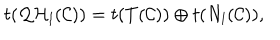
t ( { \cal Q H } _ { l } ( { \cal C } ) ) = t ( T ( { \cal C } ) ) \oplus t ( N _ { l } ( { \cal C } ) ) ,